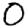
Digit: 0